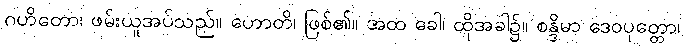
ဂဟိတော၊ ဖမ်းယူအပ်သည်။ ဟောတိ၊ ဖြစ်၏။ အထ ခေါ၊ ထိုအခါ၌။ စန္ဒိမာ ဒေဝပုတ္တော၊